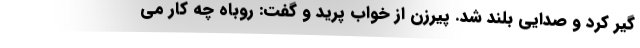
گیر کرد و صدایی بلند شد. پیرزن از خواب پرید و گفت: روباه چه کار می